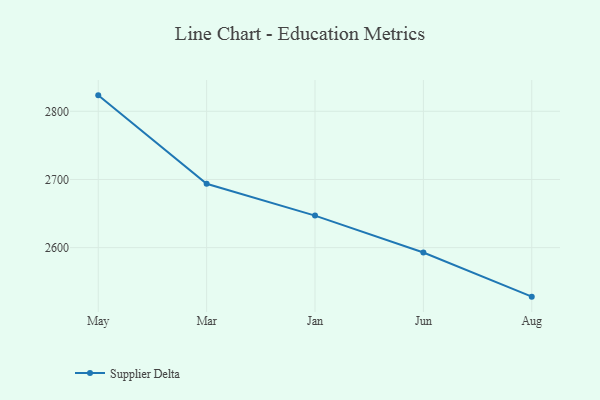
{"axis": {"x": "Month", "y": "Demand Index"}, "legend": ["Supplier Delta"], "data": [{"x": "May", "y": 2823.4, "type": "Supplier Delta"}, {"x": "Mar", "y": 2693.6, "type": "Supplier Delta"}, {"x": "Jan", "y": 2647.0, "type": "Supplier Delta"}, {"x": "Jun", "y": 2592.8, "type": "Supplier Delta"}, {"x": "Aug", "y": 2528.1, "type": "Supplier Delta"}]}